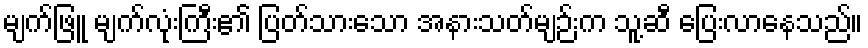
မျက်ဖြူ မျက်လုံးကြီး၏ ပြတ်သားသော အနားသတ်မျဉ်းက သူ့ဆီ ပြေးလာနေသည်။